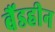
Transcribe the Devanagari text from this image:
बैंडहीन